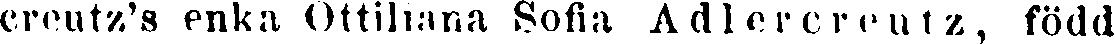
creutz's enka Ottiliana Sofia Adlererentz, född